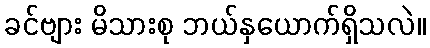
ခင်ဗျား မိသားစု ဘယ်နှယောက်ရှိသလဲ။